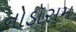
નોડૉસમ